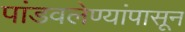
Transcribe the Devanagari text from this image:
पांडवलेण्यांपासून